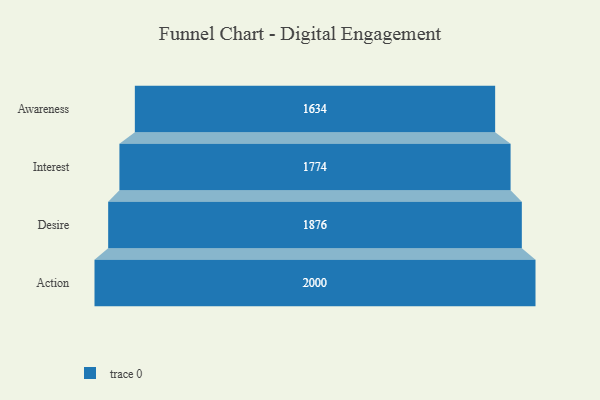
{"axis": {"x": "Stage", "y": "Value"}, "legend": [""], "data": [{"x": "Awareness", "y": 1634.0, "type": ""}, {"x": "Interest", "y": 1774.0, "type": ""}, {"x": "Desire", "y": 1876.0, "type": ""}, {"x": "Action", "y": 2000, "type": ""}]}